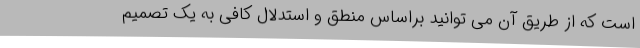
است که از طریق آن می توانید براساس منطق و استدلال کافی به یک تصمیم